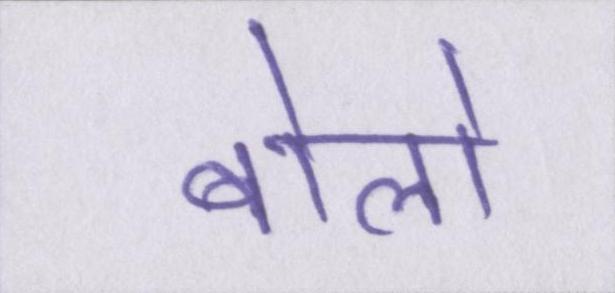
बोलो